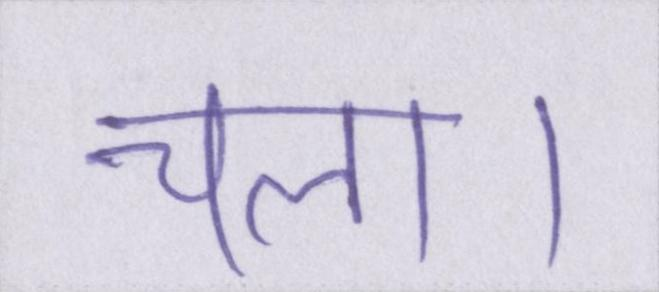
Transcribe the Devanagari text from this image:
चला।